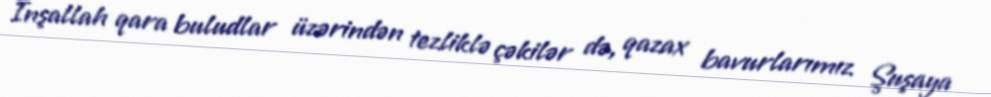
Inşallah qara buludlar üzərindən tezliklə çəkilər də, qazax bavurlarımız Şuşaya